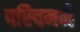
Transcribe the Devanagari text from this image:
पस्चिममे